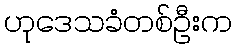
ဟုဒေသခံတစ်ဦးက